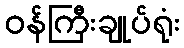
ဝန်ကြီးချုပ်ရုံး